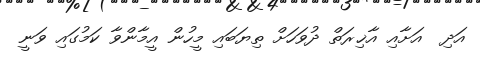
އަދި  އަށާއި އާޚިރަތް ދުވަހަށް ތިޔަބައި މީހުން އީމާންވާ ކަމުގައި ވަނީ